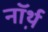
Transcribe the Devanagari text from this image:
नॉर्थ़